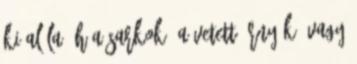
ki alóla, h a sarkok, a vetett árnyék, vagy